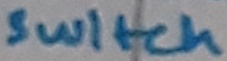
Text: switch